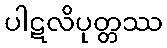
ပါဋလိပုတ္တဿ